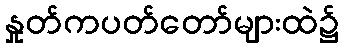
နှုတ်ကပတ်တော်များထဲ၌